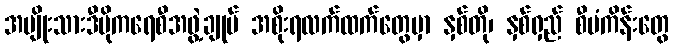
အမျိုးသားဒီမိုကရေစီအဖွဲ့ချုပ် အစိုးရလက်ထက်တွေမှာ နှစ်တို၊ နှစ်ရှည် စီမံကိန်းတွေ